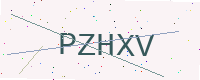
Text: PZHXV